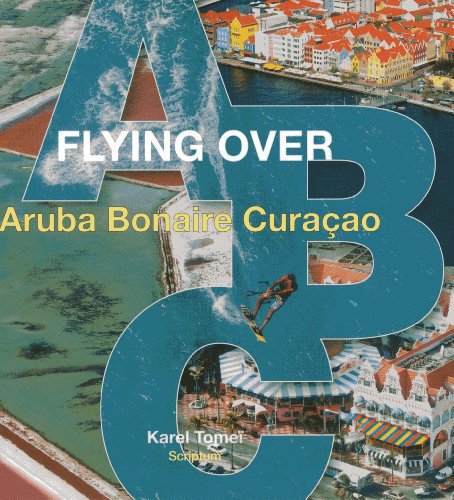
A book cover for Flying over ABC: (Aruba, Bonaire, Curacao); Karel Tomei; Arts & Photography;